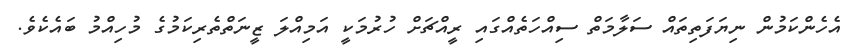
އެހެންކަމުން ނިޔަފަތިތައް ސަލާމަތް ސިއްހަތެއްގައި ރީއްޗަށް ހުރުމަކީ އަމިއްލަ ޒީނަތްތެރިކަމުގެ މުހިއްމު ބައެކެވެ.